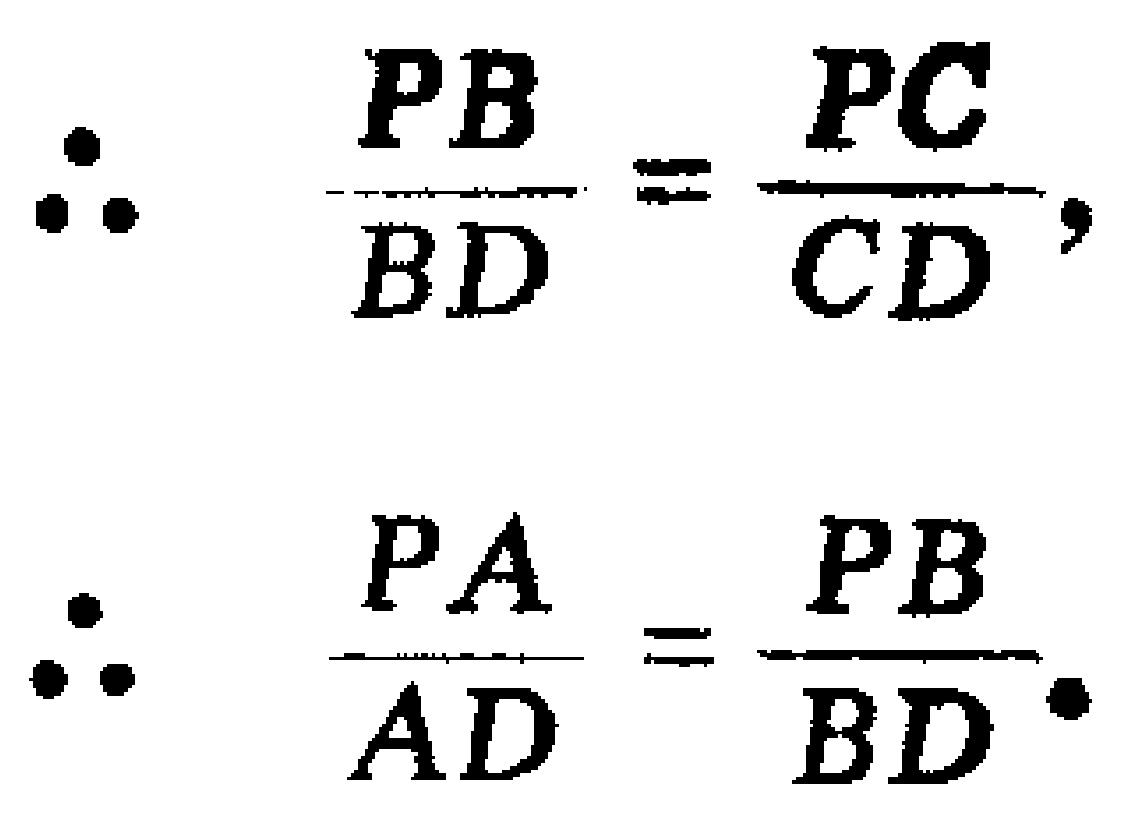
\[
\therefore \quad \frac{PB}{BD}=\frac{PC}{CD},
\]
\[
\therefore \quad \frac{PA}{AD}=\frac{PB}{BD}.
\]